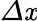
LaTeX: \varDelta\mathit{x}